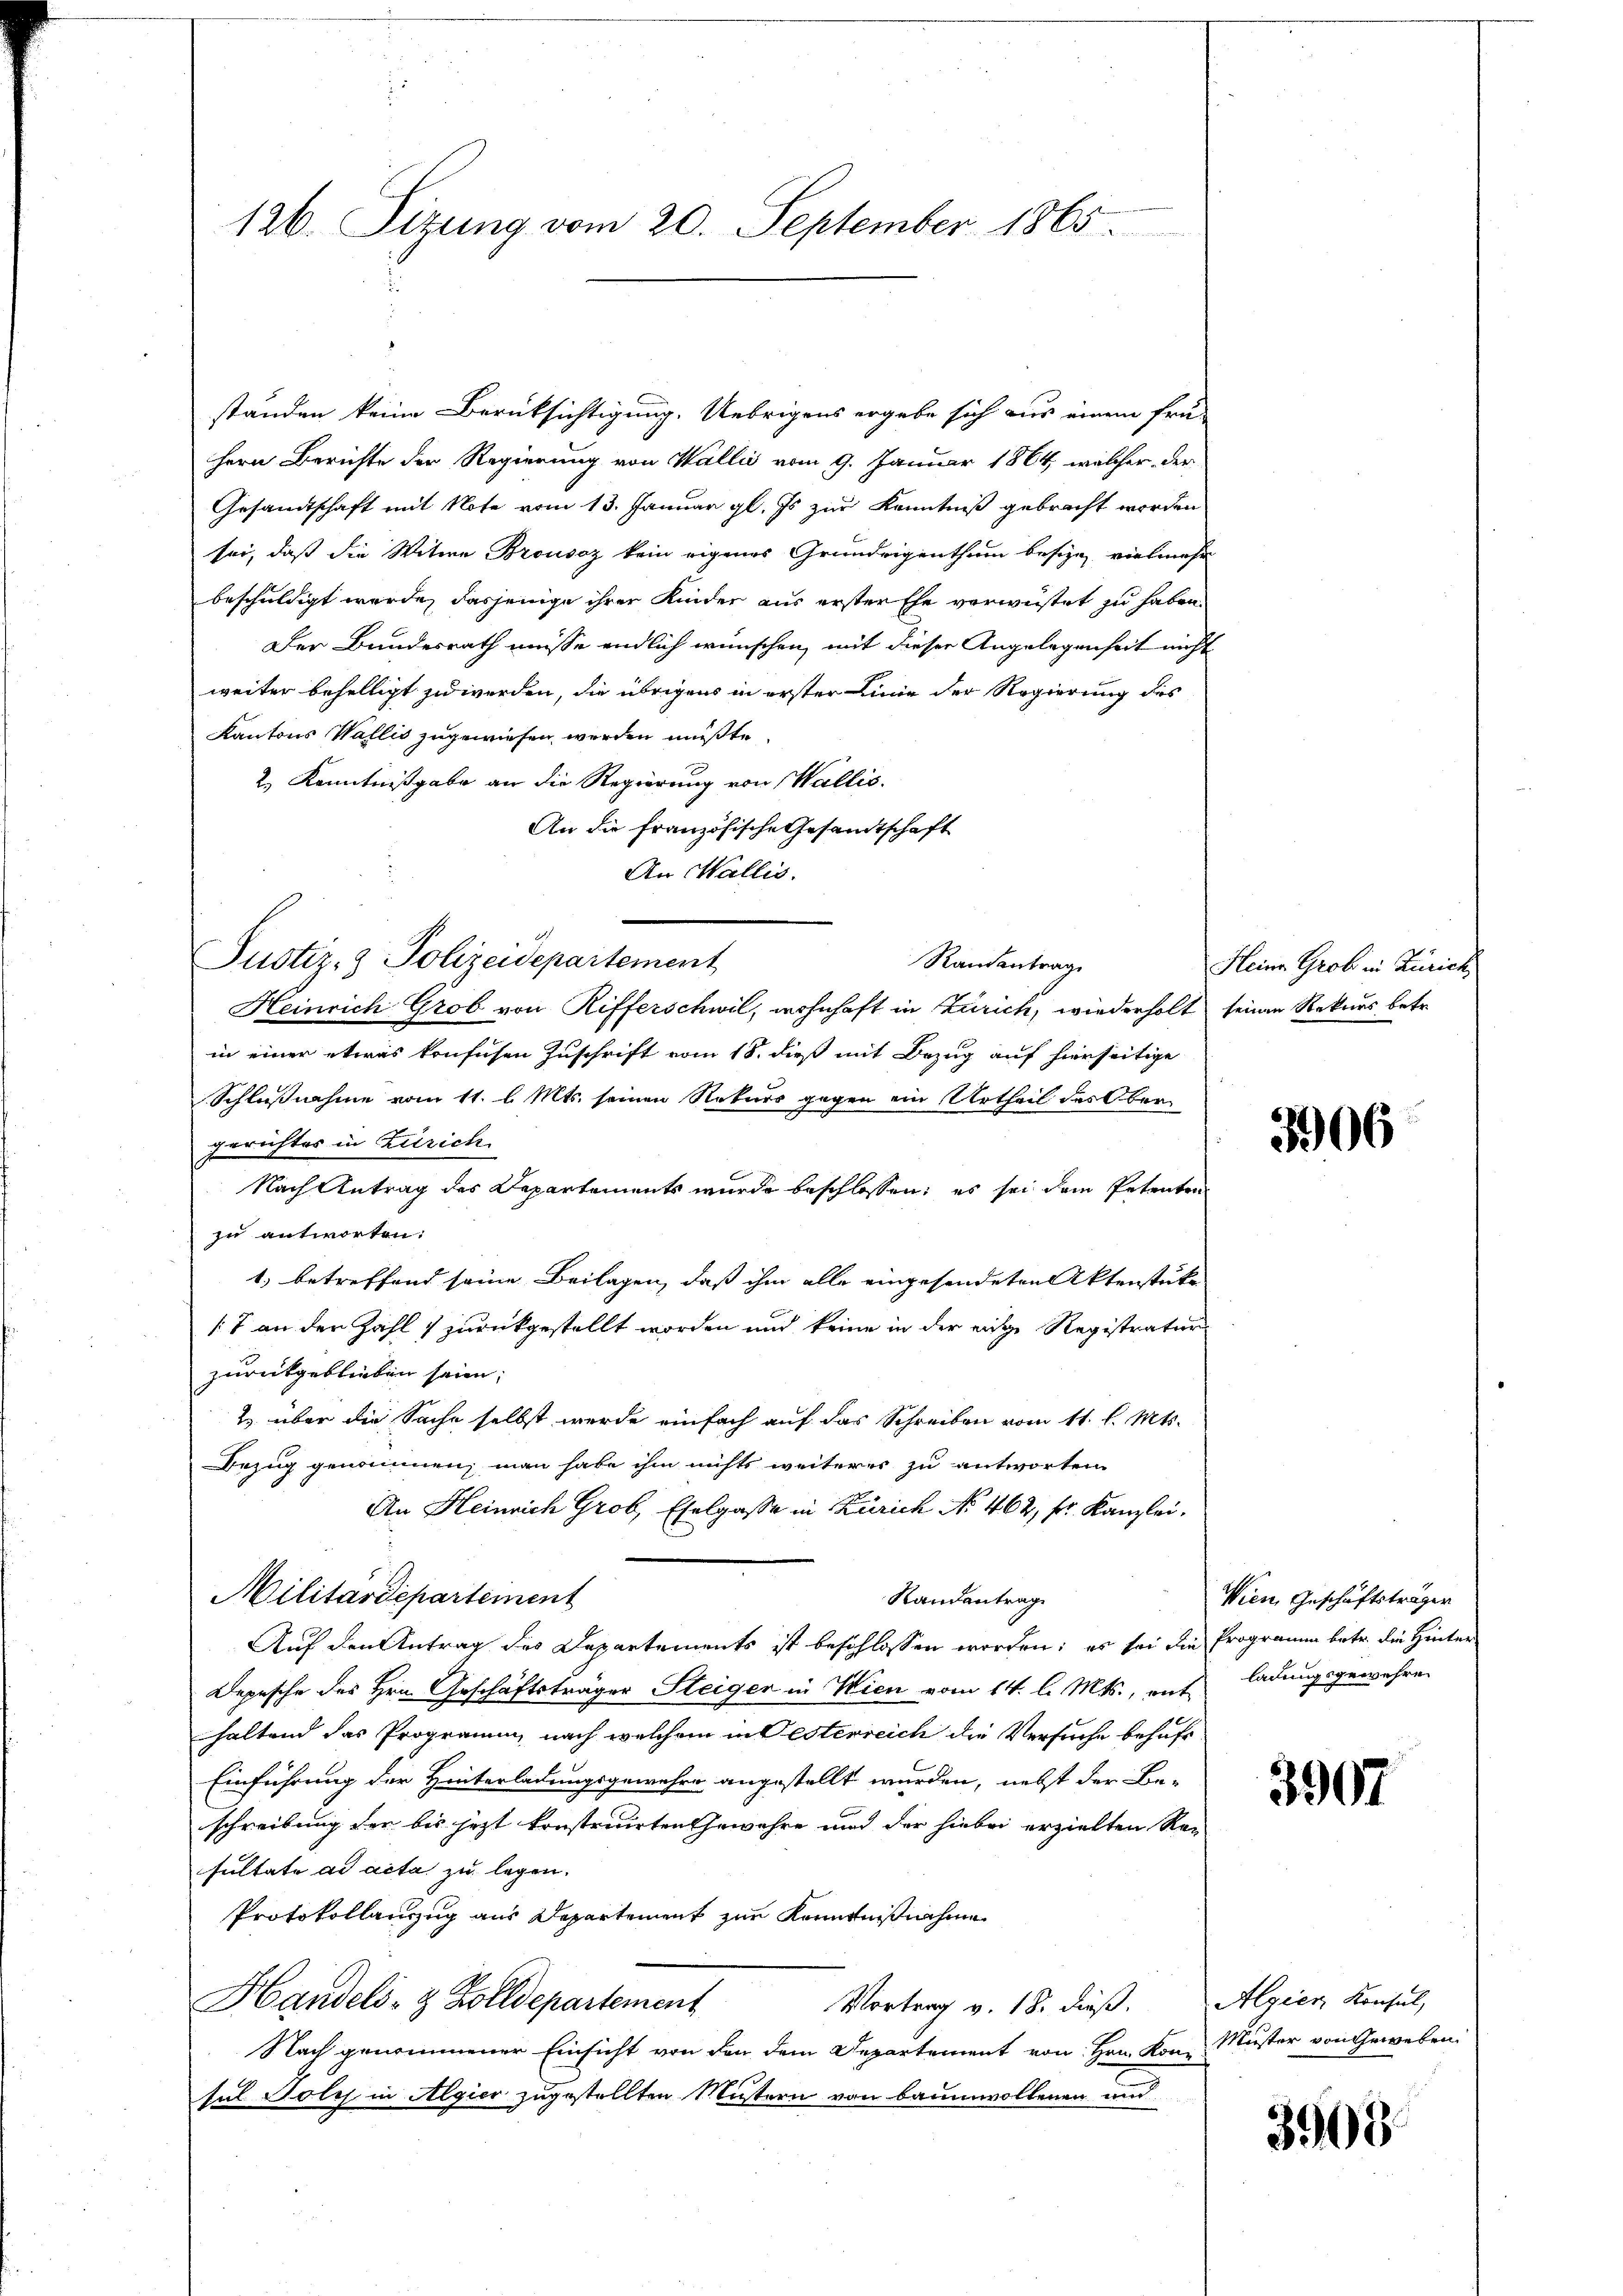
126. Sizung vom 20. September 1865.

ständen keine Berücksichtigung. Uebrigens ergebe sich aus einem frü-
Hern Berichte der Regierung von Wallis vom 9. Januar 1864, welcher der
Gesandtschaft mit Note vom 13. Januar gl. Es zur Kenntniß gebracht worden
sei, daß die Witwe Brousaz kein eigenes Grundeigenthum besizen vielmehr
beschuldigt werde, dasjenige ihrer Kinder aus ersterthe vorweistet zu haben.
Der Bundesrath müsse endlich wünschen, mit dieser Angelegenheit nicht
weiter behelligt zu werden, die übrigens in erster Linie der Regierung des
Kantons Wallis zugewiesen werden müßte.
2.) Kenntnißgabe an die Regierung von Wallis.
An die französische Gesandtschaft
An Wallis.
Heinrich Grob von Rifferschwil, wohnhaft in Zürich, wiederholt seinen Rekurs betr.
in einer etwas konfusen Zuschrift vom 18. dieß mit Bezug auf hierseitige
Schlußnahme vom 11. l. Mts. seinen Rekurs gegen ein Urtheil des Obergerichtes in Zürich.
Nach Antrag des Departements wurde beschlossen; es sei dem Petenten
zu antworten:
1.) betreffend seine Beilagen, daß ihm alle eingesendeten Aktenstüke
/7 an den Zahl zurückgestellt worden und keine in der eige Registratur
zurückgeblieben seien;
2. über die Sache selbst werde einfach auf das Schreiben vom 11. l. Mts.
Bezug genommen, man habe ihm nichts weiteres zu antworten
An Heinrich Grob, Eselgasse in Zürich No 462, sr. Kanzlei.
Militärdepartement
Randantrag
Auf den Antrag des Departements ist beschlossen worden; es sei die Programm betr. die Hinter
Depesche des Hrn. Geschäftsträger Steiger in Wien vom 14. l. Mts., enthaltend das Programm, nach welchem in desterreich die Versuche behufs
Einführung der Hinterladungsgewehre angestellt wurden, nebst der Be-
schreibung der bis jetzt konstruirten Gewähre und der hiebei erzielten Ran
sultate ad acta zu legen.
Protokollanzug aus Departement zur Kenntnißnahme
Handels- & Zolldepartement
Vortrag v. 18. dieß. Algien Konsul,
Nach genommener Einsicht von den dem Departement von Hrn. Kon- Muster von Geweben.
sul Toly in Algier zugestellten Mustern von Baumwollenen und

Justiz- & Polizeidepartement

Randantrag

Heine Grob in Zürich

3906

Wien, Geschäftsträger
ladungsgewehre

3907

3908